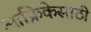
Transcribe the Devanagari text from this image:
आफ्रिकेसाठी